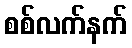
စစ်လက်နက်